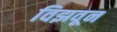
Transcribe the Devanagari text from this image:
विझवून